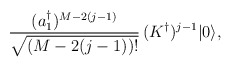
\begin{align*}{(a_1^\dagger)^{M-2(j-1)}\over\sqrt{(M-2(j-1))!}}\,(K^\dagger)^{j-1}|0\rangle,\end{align*}